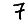
Digit: 7